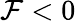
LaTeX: \mathcal{F}<0